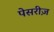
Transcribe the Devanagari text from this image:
पेसरीज़